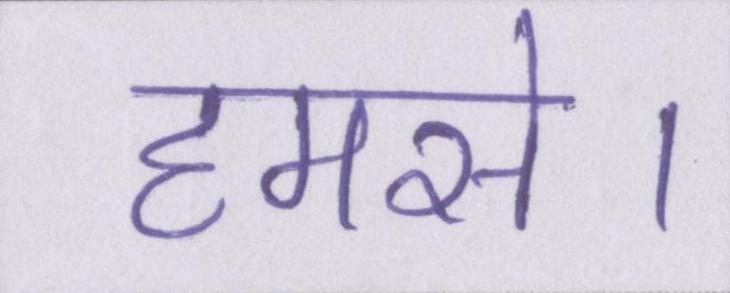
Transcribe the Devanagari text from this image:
हमसे।